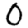
Digit: 0